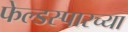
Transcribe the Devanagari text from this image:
फेल्डस्पारच्या